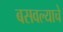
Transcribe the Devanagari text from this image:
बसवल्याचे